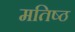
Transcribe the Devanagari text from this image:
मतिष्ठ